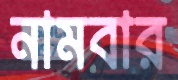
নামবার